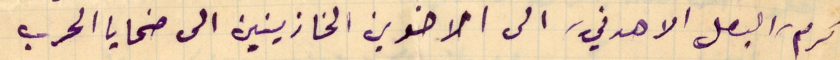
كرم، البطل الاهدني، الى الاخوين الخازينين الى ضحايا الحرب